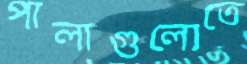
পালাগুলোতে